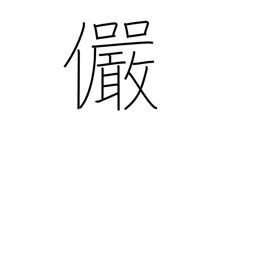
Meaning: serious